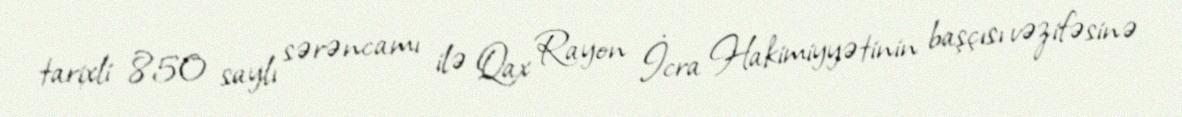
tarixli 850 saylı sərəncamı ilə Qax Rayon İcra Hakimiyyətinin başçısı vəzifəsinə